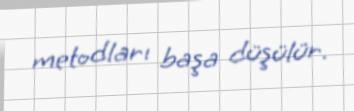
metodları başa düşülür.